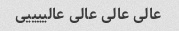
عالی عالی عالی عالییییی